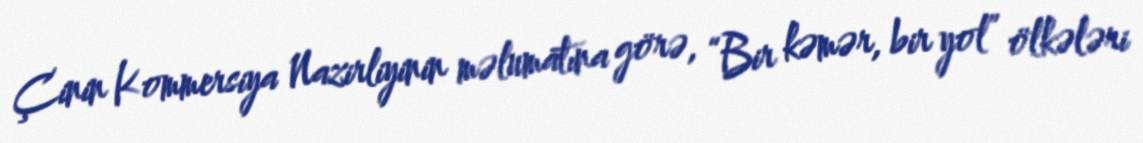
Çinin Kommersiya Nazirliyinin məlumatına görə, “Bir kəmər, bir yol” ölkələri